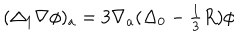
( \Delta _ { 1 } \nabla \phi ) _ { a } = 3 \nabla _ { a } ( \Delta _ { 0 } - { \textstyle \frac { 1 } { 3 } } R ) \phi